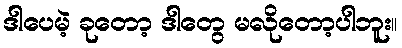
ဒါပေမဲ့ ခုတော့ ဒါတွေ မလိုတော့ပါဘူး။